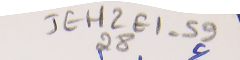
JEH2E1-5928